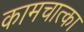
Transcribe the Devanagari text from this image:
कामचात्का